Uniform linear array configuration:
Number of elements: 48
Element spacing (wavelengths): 0.25
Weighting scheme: cosine
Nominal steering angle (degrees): -30
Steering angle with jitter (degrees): -31.068
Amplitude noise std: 0.05
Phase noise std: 0.05

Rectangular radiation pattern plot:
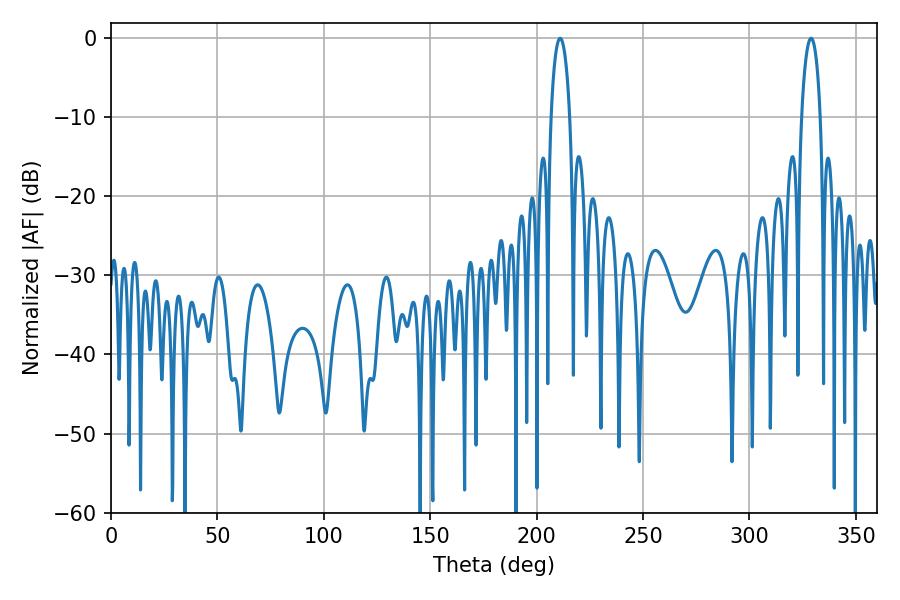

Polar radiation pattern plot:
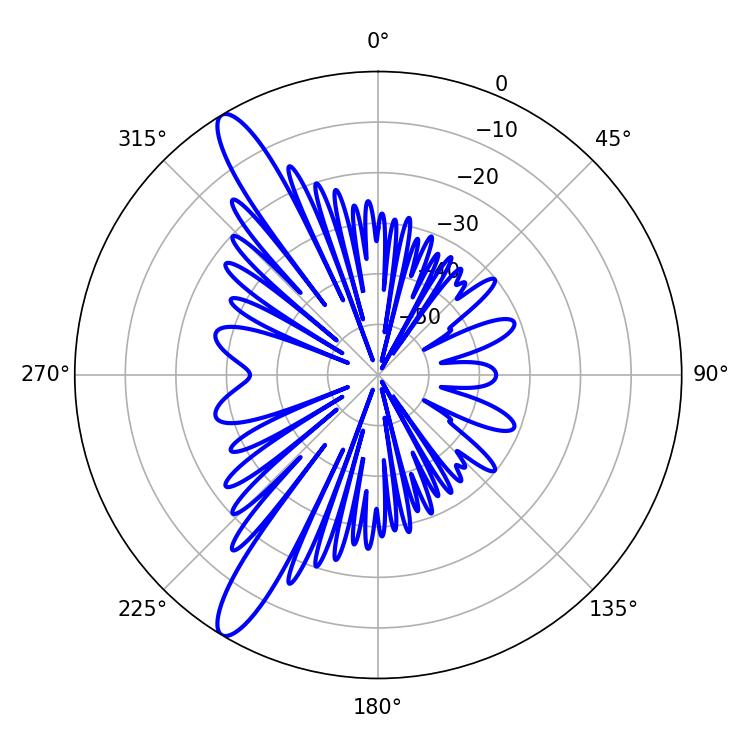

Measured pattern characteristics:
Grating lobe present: FALSE
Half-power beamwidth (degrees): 5.04
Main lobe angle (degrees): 210.96